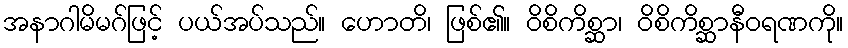
အနာဂါမိမဂ်ဖြင့် ပယ်အပ်သည်။ ဟောတိ၊ ဖြစ်၏။ ဝိစိကိစ္ဆာ၊ ဝိစိကိစ္ဆာနီဝရဏကို။